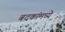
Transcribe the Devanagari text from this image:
बदकांमध्ये